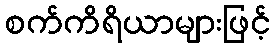
စက်ကိရိယာများဖြင့်